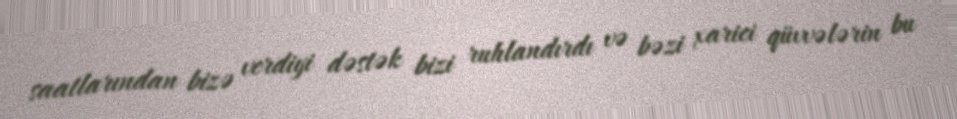
saatlarından bizə verdiyi dəstək bizi ruhlandırdı və bəzi xarici qüvvələrin bu